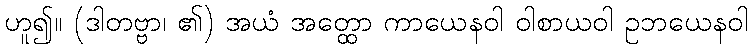
ဟူ၍။ (ဒါတဗ္ဗာ၊ ၏) အယံ အတ္ထော ကာယေနဝါ ဝါစာယဝါ ဥဘယေနဝါ